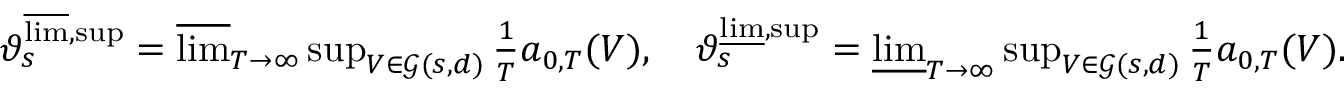
\begin{array} { r } { \vartheta _ { s } ^ { \varlimsup , \operatorname* { s u p } } = \varlimsup _ { T \to \infty } \operatorname* { s u p } _ { V \in \mathcal { G } ( s , d ) } \frac { 1 } { T } a _ { 0 , T } ( V ) , \quad \vartheta _ { s } ^ { \varliminf , \operatorname* { s u p } } = \varliminf _ { T \to \infty } \operatorname* { s u p } _ { V \in \mathcal { G } ( s , d ) } \frac { 1 } { T } a _ { 0 , T } ( V ) . } \end{array}